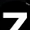
Digit: 7